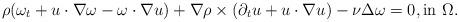
LaTeX: \begin{align*}\rho(\omega_t+u\cdot\nabla \omega-\omega\cdot\nabla u)+\nabla\rho\times(\partial_t u+u\cdot\nabla u)-\nu\Delta\omega=0,{\rm in}\ \Omega.\end{align*}